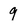
Character: 9